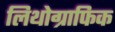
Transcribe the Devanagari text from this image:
लिथोग्राफिक